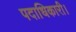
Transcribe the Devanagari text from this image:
पदाधिकारी।